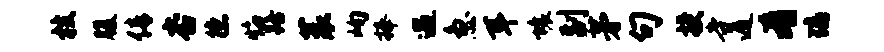
枝腹倩杏德焰路蓑峋捧遇急耳壤副茅句授寺遁肴璃